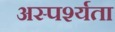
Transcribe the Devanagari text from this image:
अस्पर्श्यता